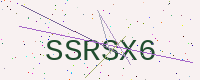
Text: SSRSX6